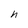
Character: h